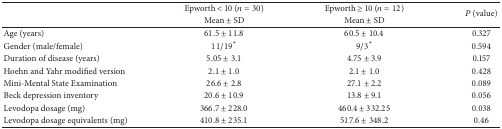
|  | Epworth < 10 (n = 30) | Epworth ≥ 10 (n = 12) | <ROWSPAN=2> P (value) |
 |  | Mean ± SD | Mean ± SD |
 | --- | --- | --- | --- |
 | Age (years) | 61.5 ± 11.8 | 60.5 ± 10.4 | 0.327 |
 | Gender (male/female) | 11/19* | 9/3* | 0.594 |
 | Duration of disease (years) | 5.05 ± 3.1 | 4.75 ± 3.9 | 0.157 |
 | Hoehn and Yahr modified version | 2.1 ± 1.0 | 2.1 ± 1.0 | 0.428 |
 | Mini-Mental State Examination | 26.6 ± 2.8 | 27.1 ± 2.2 | 0.089 |
 | Beck depression inventory | 20.6 ± 10.9 | 13.8 ± 9.1 | 0.056 |
 | Levodopa dosage (mg) | 366.7 ± 228.0 | 460.4 ± 332.25 | 0.038 |
 | Levodopa dosage equivalents (mg) | 410.8 ± 235.1 | 517.6 ± 348.2 | 0.46 |